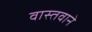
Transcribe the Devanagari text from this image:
वास्तवाने